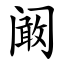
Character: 阚